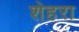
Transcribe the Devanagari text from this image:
शेहरा